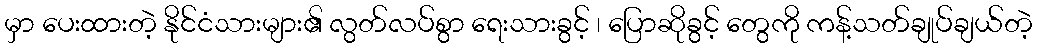
မှာ ပေးထားတဲ့ နိုင်ငံသားများ၏ လွတ်လပ်စွာ ရေးသားခွင့် ၊ ပြောဆိုခွင့် တွေကို ကန့်သတ်ချုပ်ချယ်တဲ့